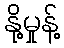
နို့မှုန့်